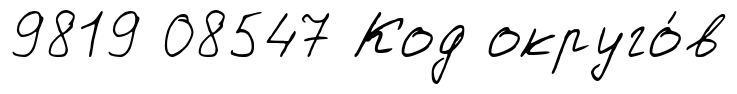
9819 08547 Код округо́в